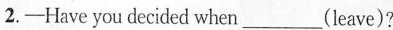
2.——Have you decided when___leave)?